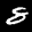
Label: 8